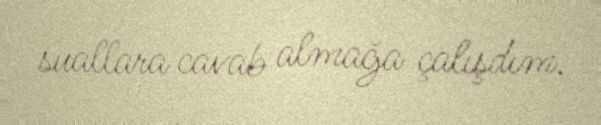
suallara cavab almağa çalışdım.